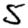
Digit: 5